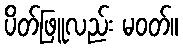
ပိတ်ဖြူလည်း မဝတ်။